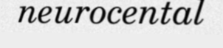
neurocental